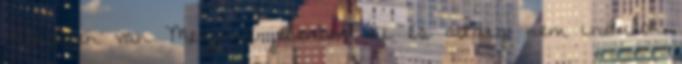
-Rendben van Menjünk jelentem ki és addig nem indulok